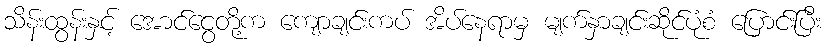
သိန်းထွန်းနှင့် အောင်ငွေတို့က ကျောချင်းကပ် အိပ်နေရာမှ မျက်နှာချင်းဆိုင်ပုံစံ ပြောင်းပြီး